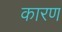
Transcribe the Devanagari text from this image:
कारण